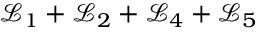
\mathcal { L } _ { 1 } + \mathcal { L } _ { 2 } + \mathcal { L } _ { 4 } + \mathcal { L } _ { 5 }